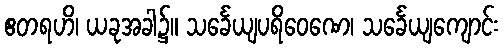
ဧတရဟိ၊ ယခုအခါ၌။ သင်္ခေယျပရိဝေဏေ၊ သင်္ခေယျကျောင်း